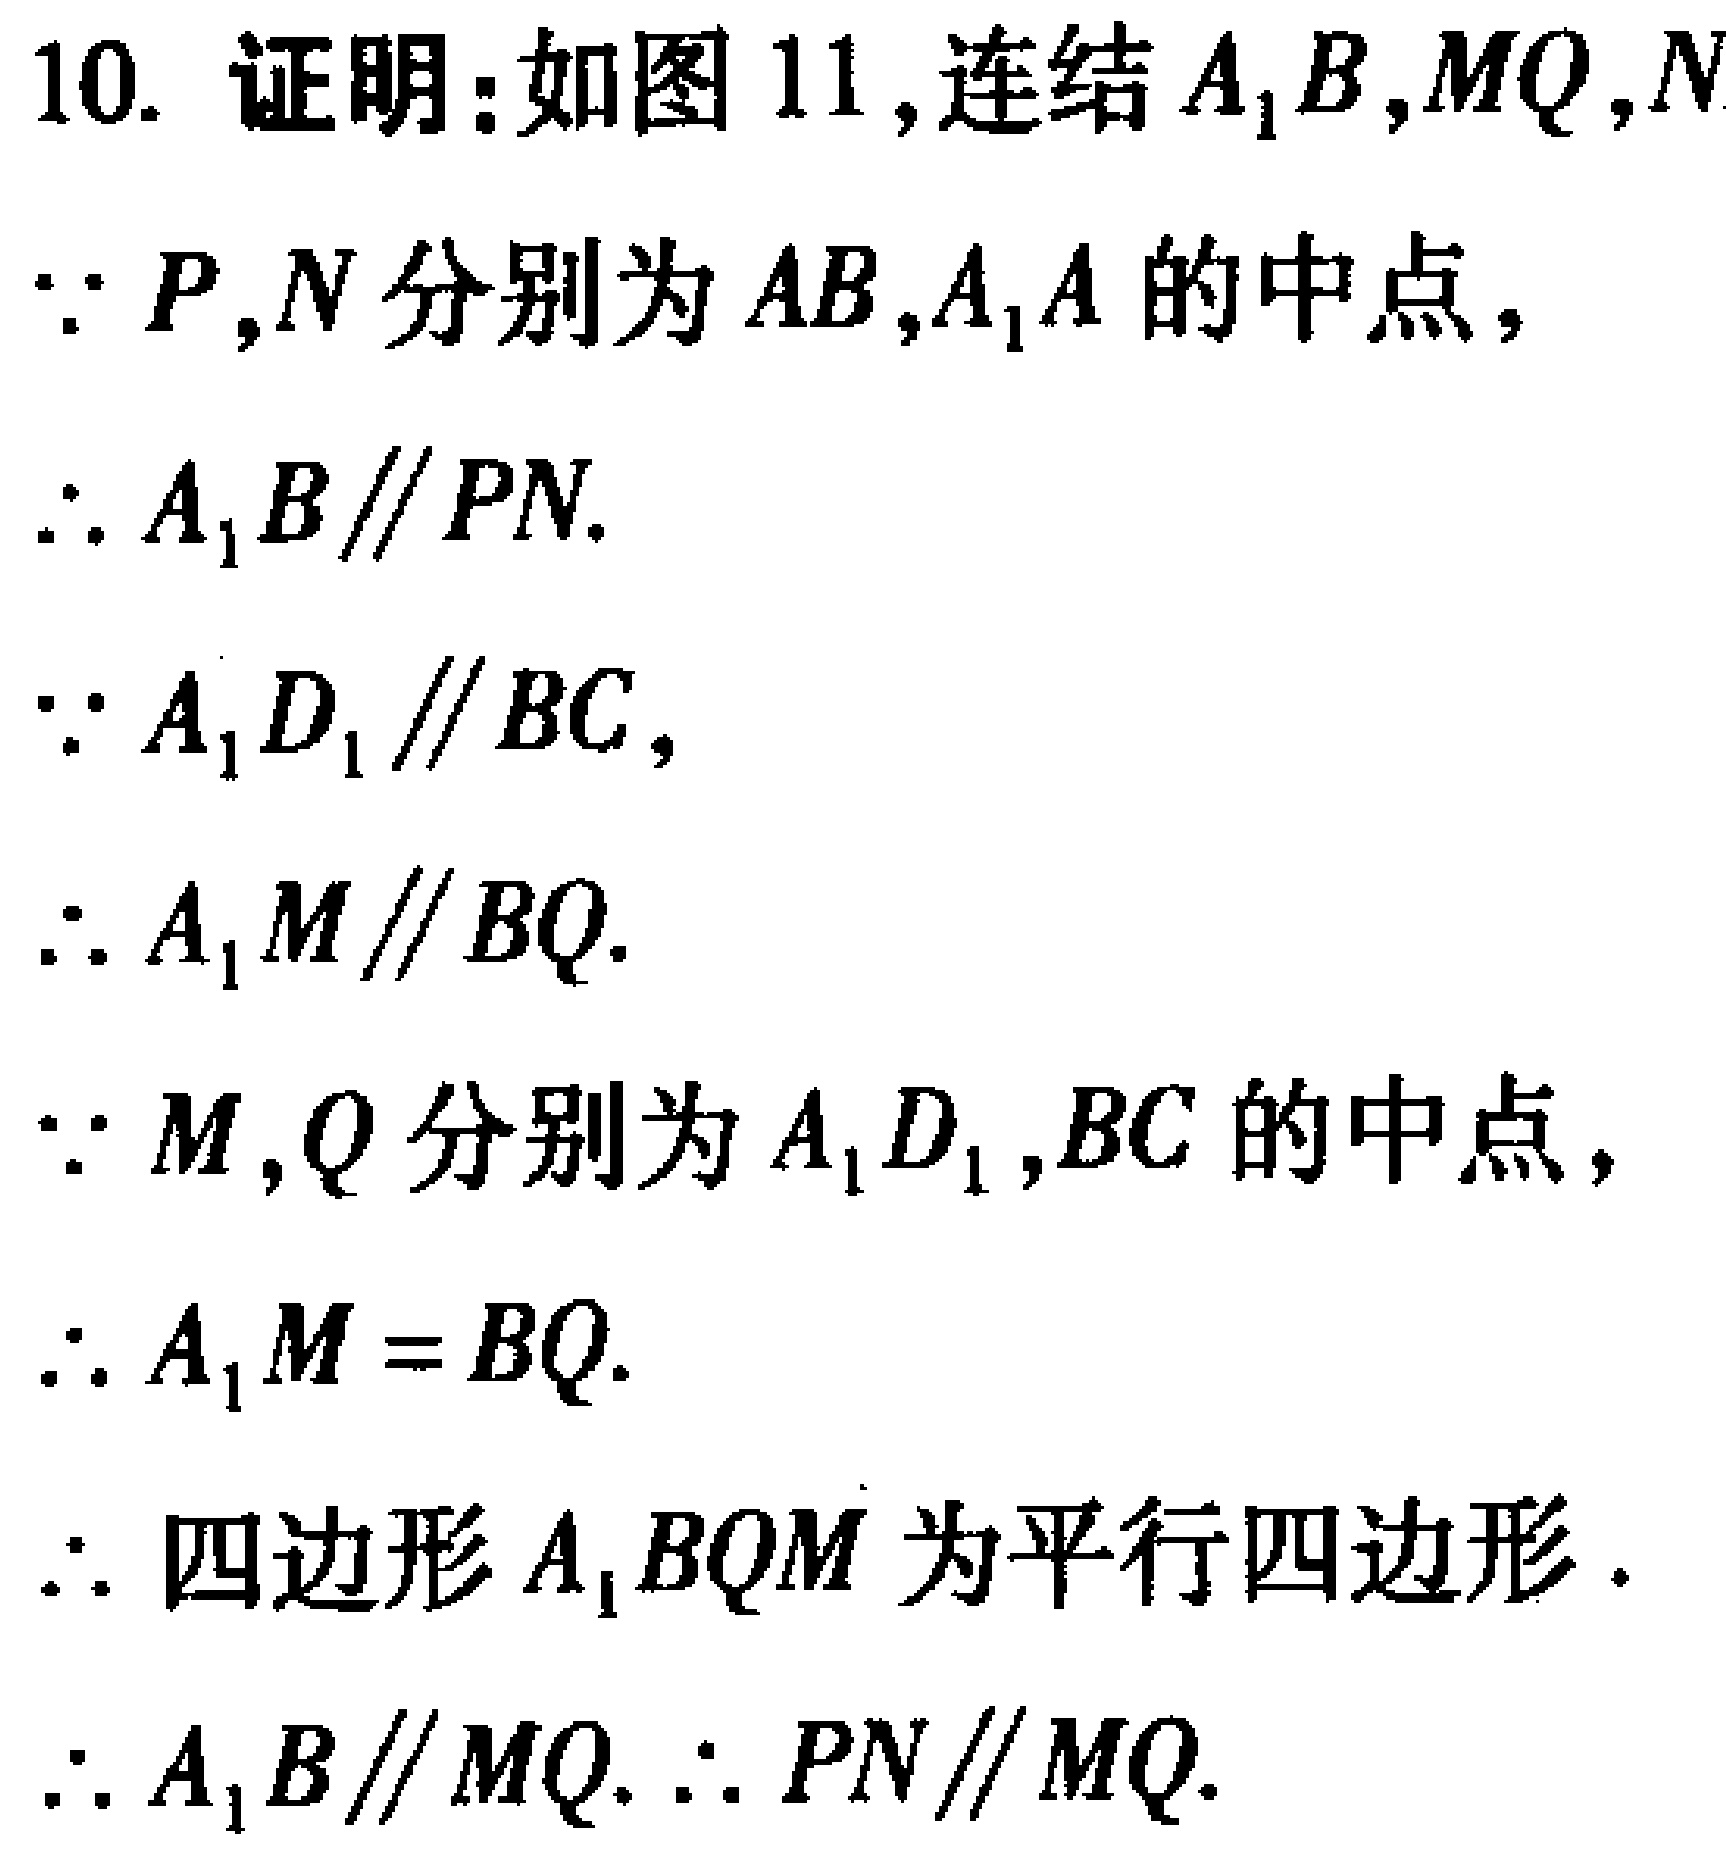
10. 证明：如图 11, 连结 \(A_{1}B,MQ,N\)
\(\because P,N\) 分别为 \(AB,A_{1}A\) 的中点，
\(\therefore A_{1}B\parallel PN.\)
\(\because A_{1}D_{1}\parallel BC,\)
\(\therefore A_{1}M\parallel BQ.\)
\(\because M,Q\) 分别为 \(A_{1}D_{1},BC\) 的中点，
\(\therefore A_{1}M = BQ.\)
\(\therefore\) 四边形 \(A_{1}BQM\) 为平行四边形.
\(\therefore A_{1}B\parallel MQ.\therefore PN\parallel MQ.\)